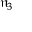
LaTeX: { \mathfrak { n } } _ { 3 }